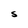
Character: S